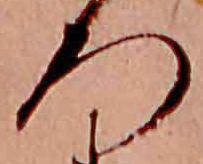
ろ